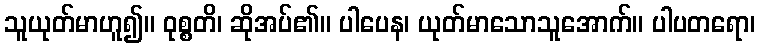
သူယုတ်မာဟူ၍။ ဝုစ္စတိ၊ ဆိုအပ်၏။ ပါပေန၊ ယုတ်မာသောသူအောက်။ ပါပတရော၊